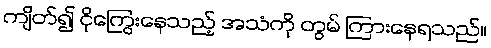
ကျိတ်၍ ငိုကြွေးနေသည့် အသံကို တွမ် ကြားနေရသည်။